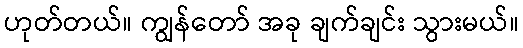
ဟုတ်တယ်။ ကျွန်တော် အခု ချက်ချင်း သွားမယ်။